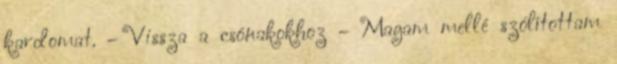
kardomat. – Vissza a csónakokhoz – Magam mellé szólítottam